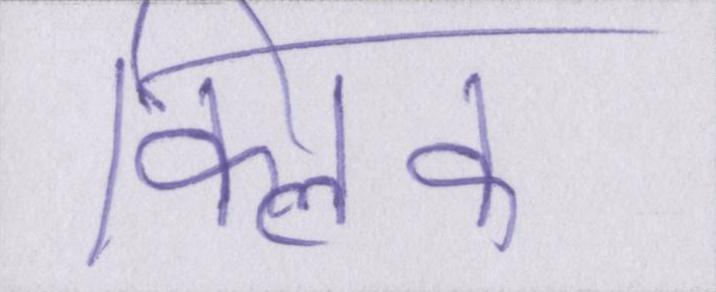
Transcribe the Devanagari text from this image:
क्लिक